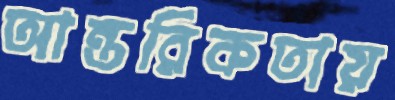
আন্তরিকতায়